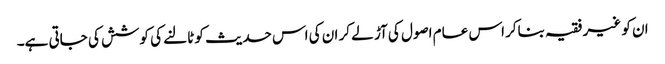
ان کو غیر فقیہ بناکر اس عام اصول کی آڑ لے کر ان کی اس حدیث کو ٹالنے کی کوشش کی جاتی ہے۔